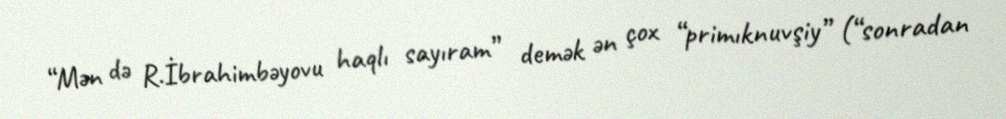
“Mən də R.İbrahimbəyovu haqlı sayıram” demək ən çox “primıknuvşiy” (“sonradan